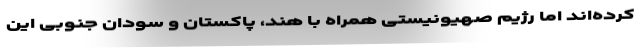
کرده‌اند اما رژیم صهیونیستی همراه با هند، پاکستان و سودان جنوبی این